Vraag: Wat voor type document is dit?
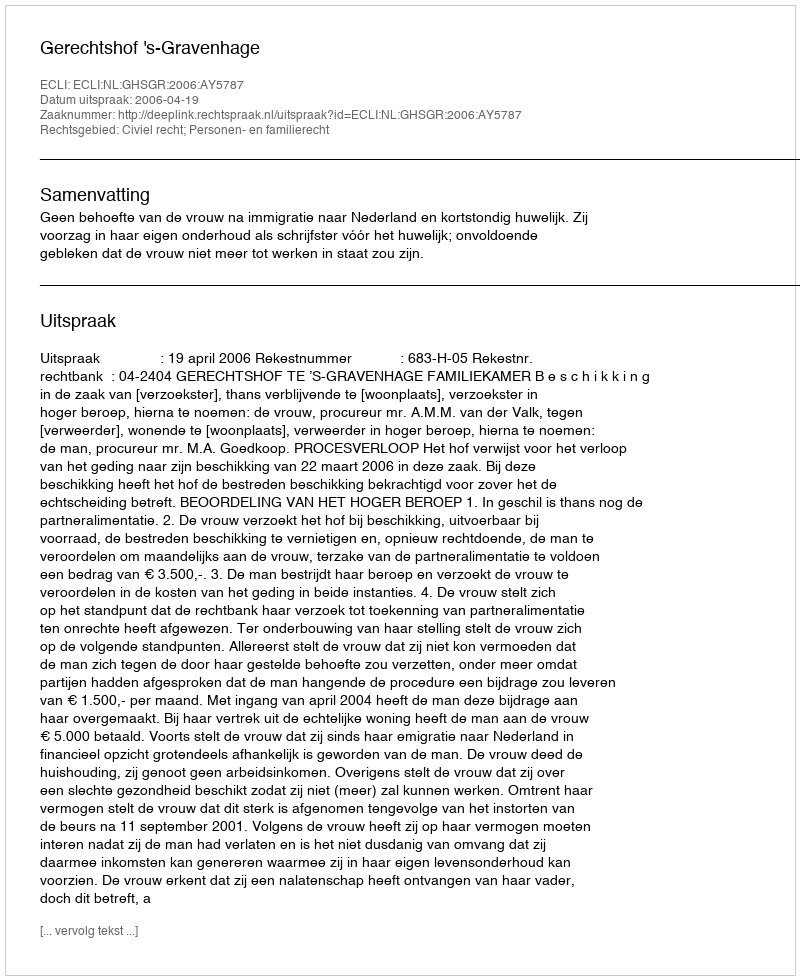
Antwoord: Uitspraak